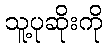
သူ့ပုဆိုးကို